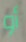
أو